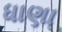
ધાણા